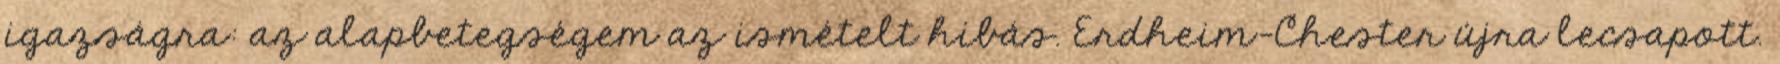
igazságra: az alapbetegségem az ismételt hibás. Erdheim-Chester újra lecsapott.